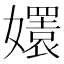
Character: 𡣱